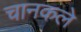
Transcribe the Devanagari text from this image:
चानकले